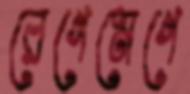
রেগেমেগে